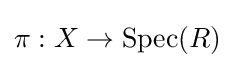
\pi :X\to \operatorname {Spec} (R)